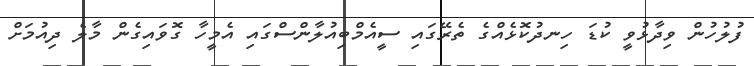
ފުލުހުން ވިދާޅުވީ ކުޑަ ހިނދުކޮޅެއްގެ ތެރޭގައި ސީއެމްބިއުލާންސްގައި އެމީހާ ގޮވައިގެން މާލެ ދިއުމަށް